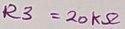
Text: R3=20KΩ